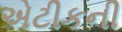
એટીકની